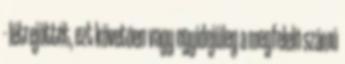
- létrejöttét, ezt követõen vagy egyidejûleg a megfelelõ számú